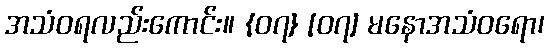
အသံဝရလည်းကောင်း။ {၀၇} [၀၇] မနောအသံဝရော၊